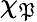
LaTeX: \chi_{\mathfrak{P}}